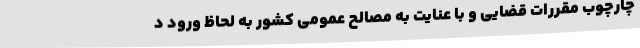
چارچوب مقررات قضایی و با عنایت به مصالح عمومی کشور به لحاظ ورود د